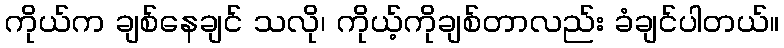
ကိုယ်က ချစ်နေချင် သလို၊ ကိုယ့်ကိုချစ်တာလည်း ခံချင်ပါတယ်။